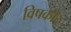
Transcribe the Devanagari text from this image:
विषकीट